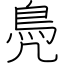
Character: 鳧